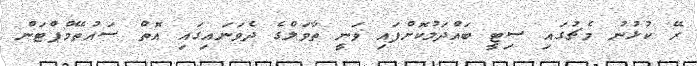
ރޭ ކުޅުނު މެޗުގައި ސިޓީ ބައްދަލުކޮށްފައި ވަނީ ތާވަލްގެ ދެވަނައިގައި އޮތް ސައުތޭމްޕްޓަން